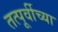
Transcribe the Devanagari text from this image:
तत्पूर्वीच्या